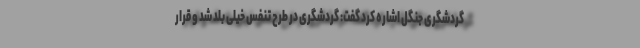
گردشگری جنگل اشاره کرد گفت: گردشگری در طرح تنفس خیلی بلد شد و قرار